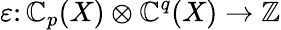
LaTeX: \varepsilon\colon\mathbb{C}_{p}(X)\otimes\mathbb{C}^{q}(X)\to\mathbb{{Z}}